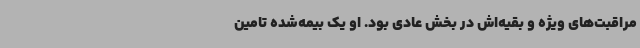
مراقبت‌های ویژه و بقیه‌اش در بخش عادی بود. او یک بیمه‌شده تامین‌